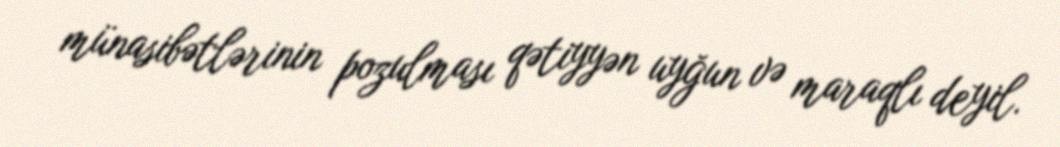
münasibətlərinin pozulması qətiyyən uyğun və maraqlı deyil.